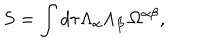
LaTeX: S = \int d \tau \Lambda _ { \alpha } \Lambda _ { \beta } \, \Omega ^ { \alpha \beta } ,